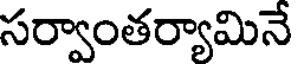
సర్వాంతర్యామినే